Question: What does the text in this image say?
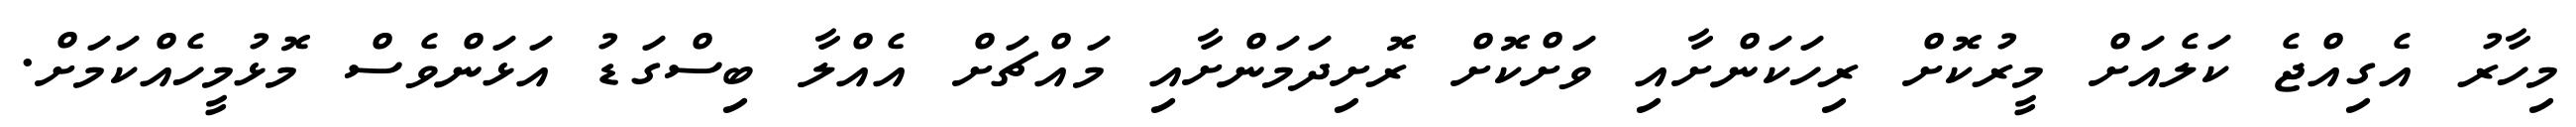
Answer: މިހާރު އެގިއްޖެ ކަލެއަށް މީރުކޮށް ރިހަކަންށާއި ވަށްކޮށް ރޮށިދަމަންށާއި މައްޗަށް އެއްލާ ބިސްގަޑު އަޅަންވެސް މޮޅުމީހެއްކަމަށް.